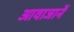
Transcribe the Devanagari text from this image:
आवाजानें